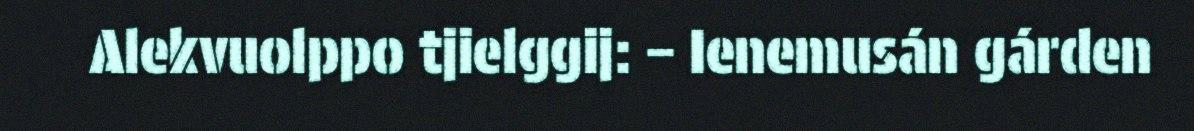
Alekvuolppo tjielggij: – Ienemusán gárden